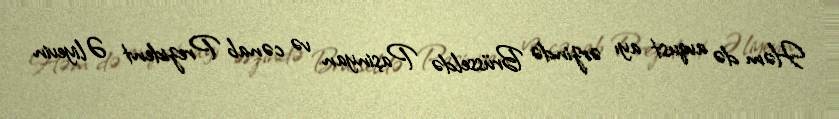
Həm də avqust ayı ərzində Brüsseldə Paşinyan və cənab Prezident Əliyevin